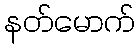
နတ်မောက်